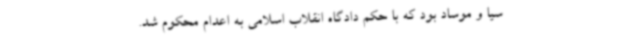
سیا و موساد بود که با حکم دادگاه انقلاب اسلامی به اعدام محکوم شد.